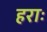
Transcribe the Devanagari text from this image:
हराः